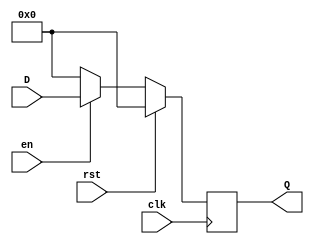
module EJ14bit(D,clk,Q,rst,en);
input wire [3:0] D;
input wire clk;
input wire rst;
input wire en;
output reg [3:0] Q;
always @(posedge clk)
begin
  if (rst == 1) begin
    Q <= 4'b0000;
  end else if (rst == 0) begin
    if (en == 0) begin
      Q <= 4'b0000;
    end else if (en == 1) begin
      Q <= D;
    end
  end
end
endmodule